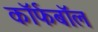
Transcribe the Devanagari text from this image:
कॉर्फबॉल